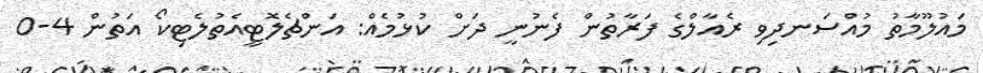
މައުލޫމާތު މުއްސަނދިވި ރެއާލްގެ ފަރާތުން ފެނުނީ ދަށް ކުޅުމެއް: އަންޗެލޮޓީއެތުލެޓިކޯ އަތުން 4-0